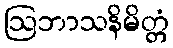
ဩဘာသနိမိတ္တံ